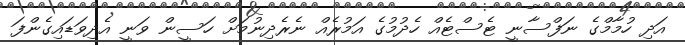
އަދި ހުމާމްގެ ނަފްސާނީ ޓެސްޓެއް ހެދުމުގެ އަމުރެއް ނެރެދިނުމަށް ހަސީން ވަނީ އެދިވަޑައިގެންފަ